Annual report of the Bengal Veterinary College and of the Civil Veterinary Department, Bengal, for the year 1908-1909 - 1908-1909
Year: 1908
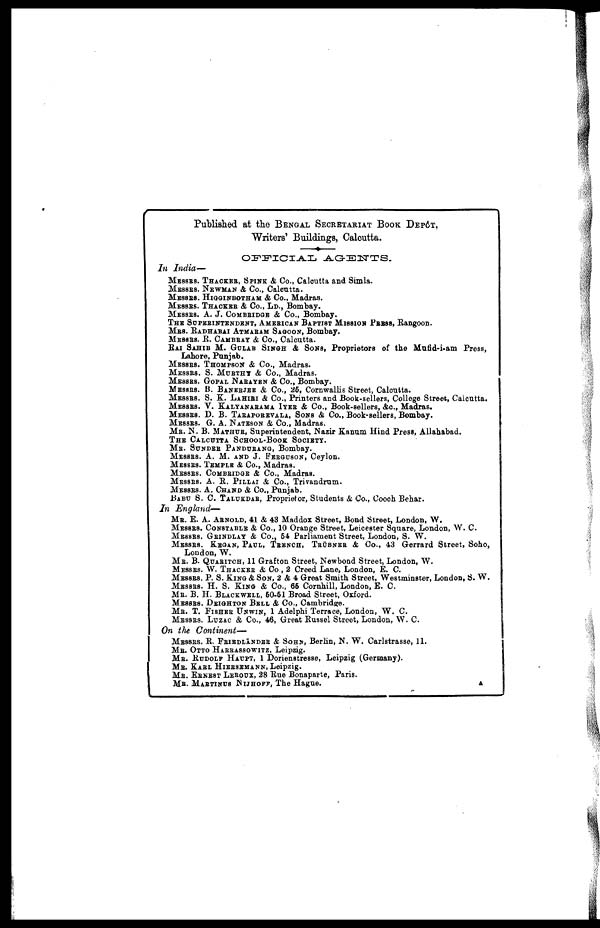
Published at the BENGAL SECRETARIAT BOOK DEPÔT,
Writers' Buildings, Calcutta.
OFFICIAL
AGENTS.
In India—
MESSRS. THACKER, SPINK & Co., Calcutta and Simla.
MESSRS. NEWMAN & Co., Calcutta.
MESSRS. HIGGINBOTHAM
& Co., Madras.
MESSRS. THACKER & Co., LD., Bombay.
MESSRS. A. J. COMBRIDGE & Co., Bombay.
THE SUPERINTENDENT, AMERICAN BAPTIST MISSION PRESS, Rangoon.
MRS. RADHABAI ATMARAM SAGOON, Bombay.
MESSRS. R. CAMBRAY & Co., Calcutta.
RAI SAHIB M. GULAB SINGH & SONS, Proprietors of the Mufid-i-am Press,
Lahore, Punjab.
MESSRS. THOMPSON
& Co., Madras.
MESSRS.
S. MURTHY & Co., Madras.
MESSRS. GOPAL NARAYEN & Co., Bombay.
MESSRS. B. BANERJEE & Co., 25, Cornwallis Street, Calcutta.
MESSRS. S. K. LAHIRI & Co., Printers and Book-sellers, College Street, Calcutta.
MESSRS. V. KALYANARAMA IYER & Co., Book-sellers, &c., Madras.
MESSRS. D. B. TARAPOREVALA, SONS & Co., Book-sellers, Bombay.
MESSRS.
G. A. NATESON & Co., Madras.
MR. N. B. MATHUR, Superintendent, Nazir Kanum Hind Press, Allahabad.
THE CALCUTTA SCHOOL-BOOK SOCIETY.
MR. SUNDER PANDURANGE, Bombay.
MESSRS. A. M. AND J. FERGUSON, Ceylon.
MESSRS. TEMPLE
& Co., Madras.
MESSRS. COMBRIDGE
& Co., Madras.
MESSRS. A. R. PILLAI & Co., Trivandrum.
MESSRS. A. CHAND & Co., Punjab.
BABU S. C. TALUKDAR, Proprietor, Students & Co., Cooch Behar.
In
England—
MR. E. A. ARNOLD, 41 & 43 Maddox Street, Bond Street, London, W.
MESSRS. CONSTABLE & Co., 10 Orange Street, Leicester Square, London, W. C.
MESSRS. GRINDLAY
& Co., 54 Parliament Street, London, S. W.
MESSRS.
KEGAN, PAUL, TRENCH, TRÜRNER & Co., 43 Gerrard Street, Soho,
London, W.
ME. B. QYARITCH, 11 Grafton Street, Newbond Street, London, W.
MESSRS. W. THACKER & Co., 2 Creed Lane, London, E. C.
MESSRS. P. S. KING & SON, 2 & 4 Great Smith Street, Westminster, London, S. W.
MESSRS. H. S. KING& Co., 65 Cornhill, London, E. C.
MR. B. H. BLACKWELL, 50-51 Broad Street, Oxford.
MESSRS. DEIGHTON
BELL
& Co., Cambridge.
ME. T. FISHER UNWIN, 1 Adelphi Terrace, London, W. C.
MESSRS. LUZAC & Co., 46, Great Russel Street, London, W. C.
On the
Continent—
MESSRS. R. FRIEDLÄNDER & SOHN, Berlin, N. W. Carlstrasse, 11.
MR. OTTO HARRASSOWITZ, Leipzig.
MR. RUDOLF HAUPT, 1 Dorienstresse, Leipzig (Germany).
MR. KARL HIEESEMANN, Leipzig.
MR. ERNEST LEROUX, 28 Rue Bonaparte, Paris.
MR. MARTINUS
NIJHOFF,
The Hague.
A